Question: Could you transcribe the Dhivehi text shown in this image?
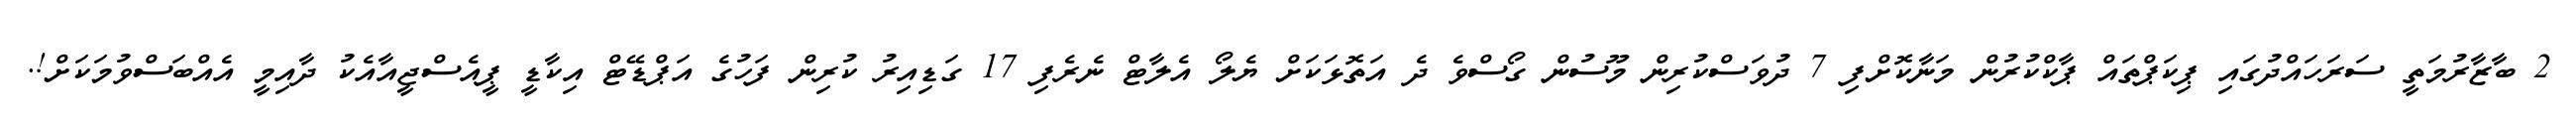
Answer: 2 ބާޒާރުމަތީ ސަރަހައްދުގައި ޕިކަޕްތައް ޕާކްކުރުން މަނާކޮށްފި 7 ދުވަސްކުރިން މޫސުން ގޯސްވެ ދެ އަތޮޅަކަށް ޔެލޯ އެލާޓް ނެރެފި 17 ގަޑިއިރު ކުރިން ފަހުގެ އަޕްޑޭޓް އިކާޑީ ޕީއެސްޖީއާއެކު ދާއިމީ އެއްބަސްވުމަކަށް!.